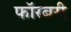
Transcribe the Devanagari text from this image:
फॉरबरी